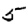
Digit: 5